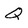
Character: Q